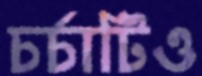
চর্চাটিও